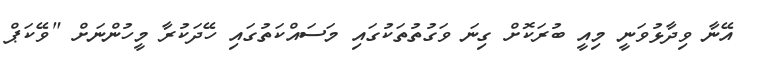
އޭނާ ވިދާޅުވަނީ މިއީ ބުރަކޮށް ގިނަ ވަގުތުތަކުގައި މަސައްކަތުގައި ހޭދަކުރާ މީހުންނަށް "ވޭކަޕް